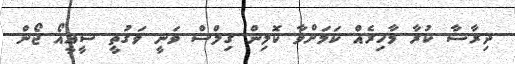
ދިރާސާ ކުރާ މާހިރެއް ކަމަށްވާ ކޮލިން ގިލްސް ވަނީ ވަގުތީ ސީއީއޯ ޖޯން